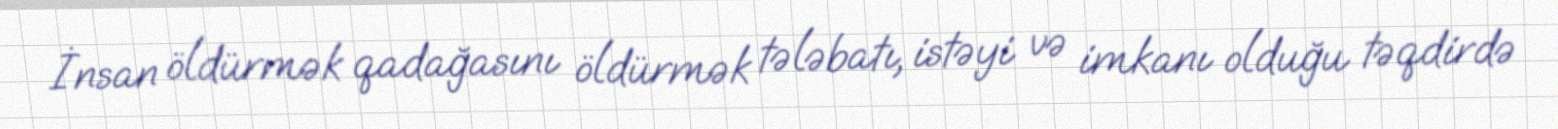
İnsan öldürmək qadağasını öldürmək tələbatı, istəyi və imkanı olduğu təqdirdə